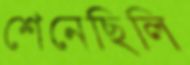
শেনেছিলি